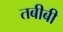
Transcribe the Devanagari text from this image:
तबीबी